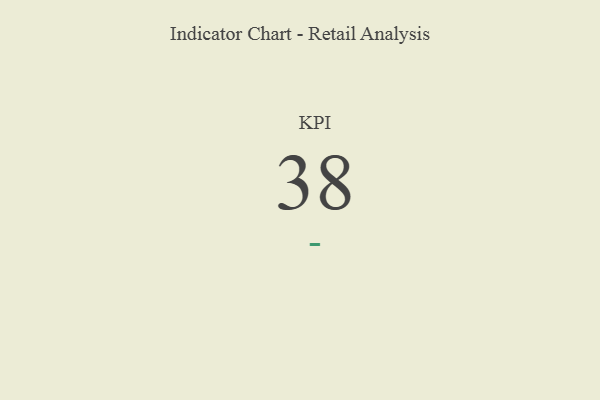
{"axis": {"x": "KPI", "y": "Value"}, "legend": [""], "data": [{"x": "KPI", "y": 38, "type": ""}]}